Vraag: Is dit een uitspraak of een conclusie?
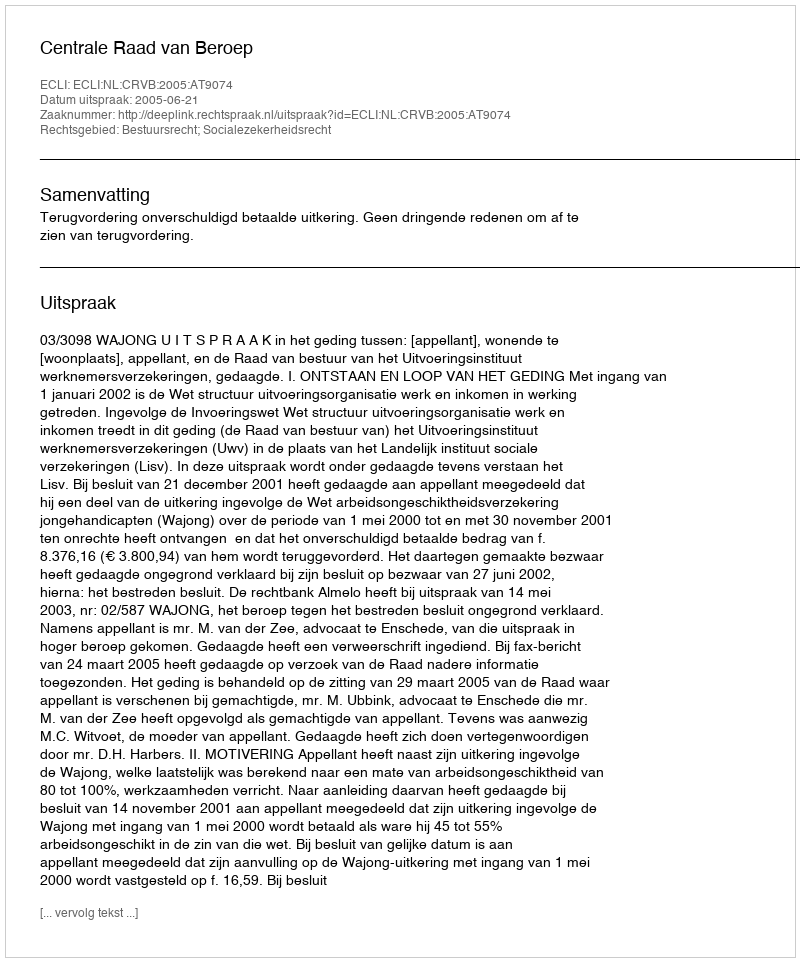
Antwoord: Uitspraak